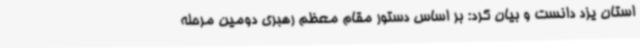
استان یزد دانست و بیان کرد: بر اساس دستور مقام معظم رهبری دومین مرحله